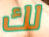
لك